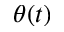
\theta ( t )